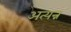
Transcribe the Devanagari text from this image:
अत्यन्न